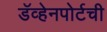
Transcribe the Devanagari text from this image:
डॅव्हेनपोर्टची